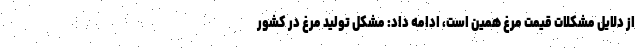
از دلایل مشکلات قیمت مرغ همین است، ادامه داد: مشکل تولید مرغ در کشور